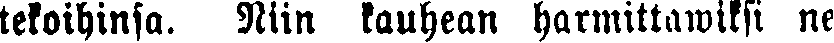
tekoihinsa. Niin kauhean harmittawiksi ne